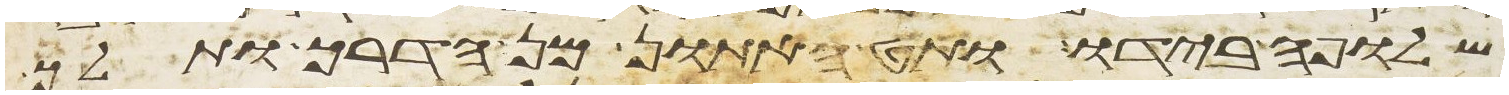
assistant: שלופה בידו ותט האתון מן הדרך ותלך